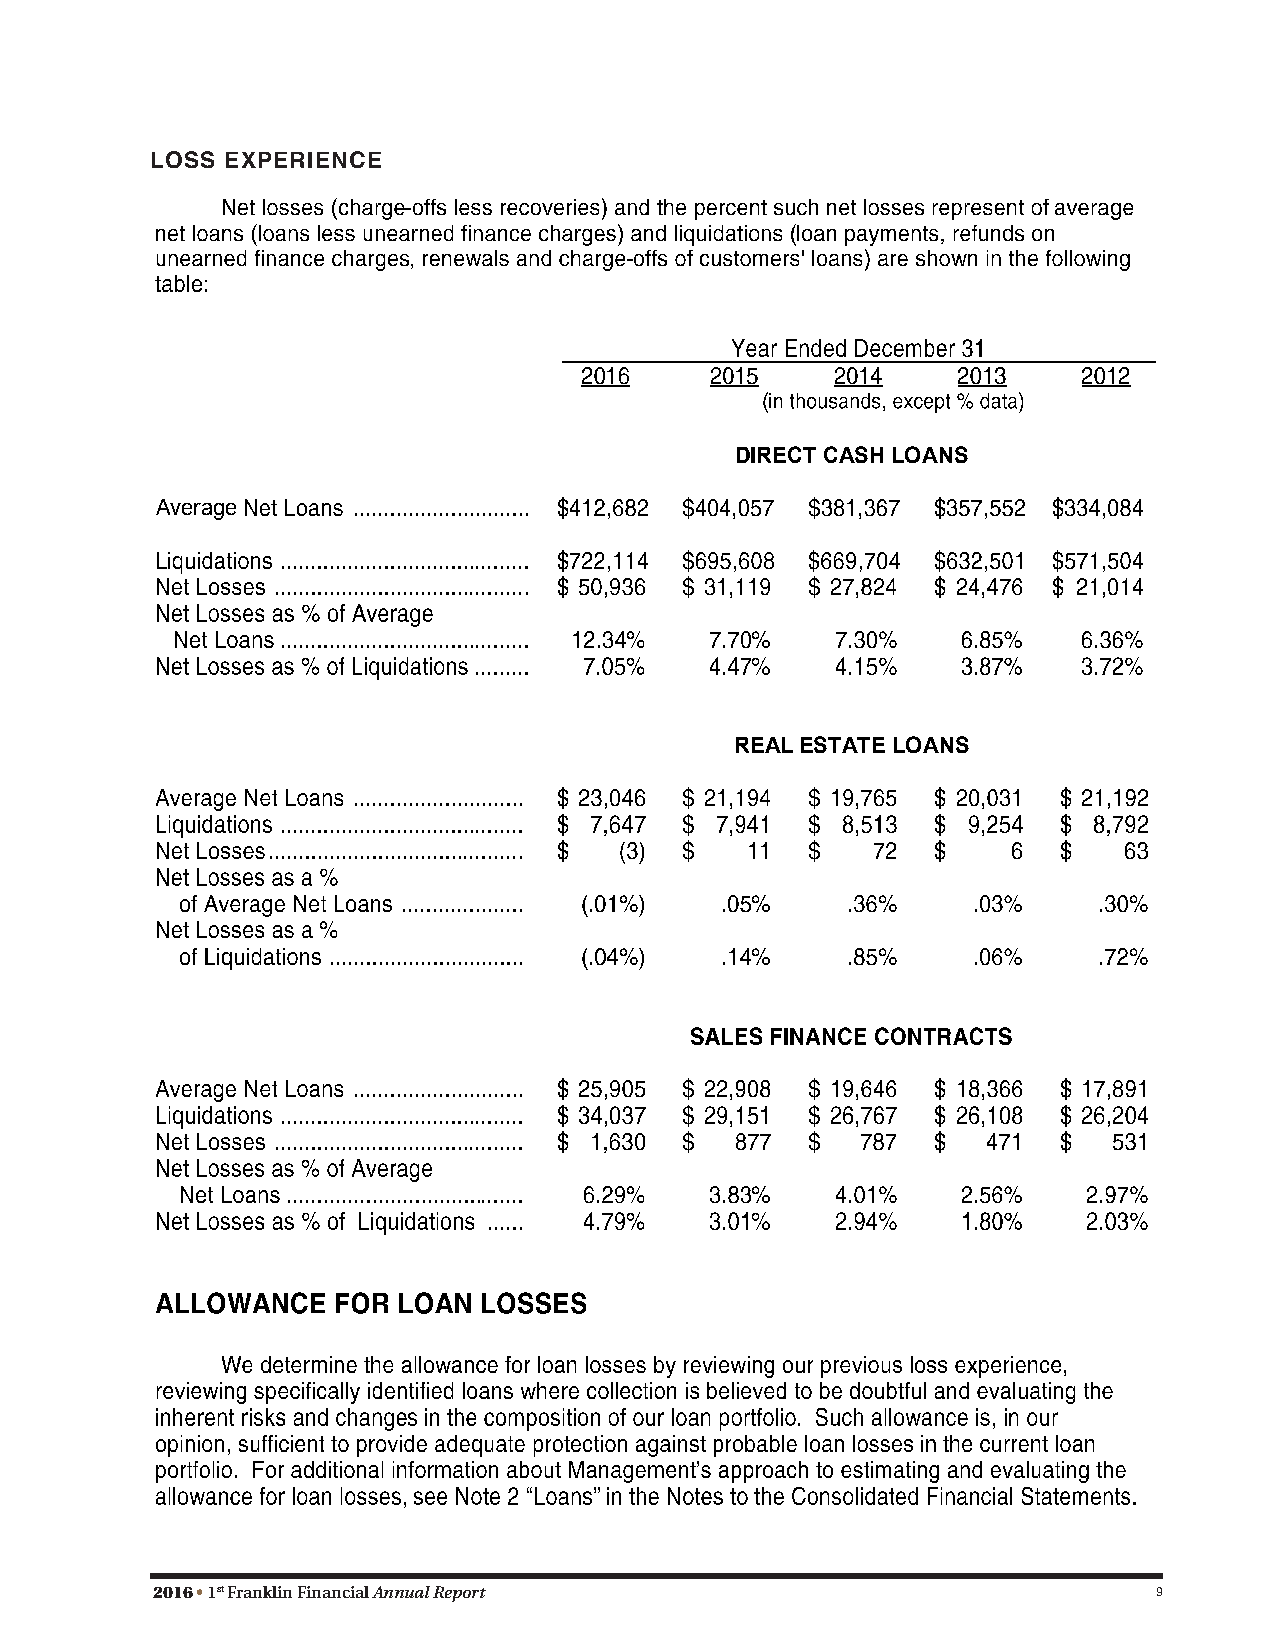
LOSS EXPERIENCE
 DIRECT CASH LOANS
 DIRECT CASH LOANS
 Average
 Average
 RREEAALL EESSTTAATTEE LLOOAANNSS
 2016 • 1st Franklin Financial Annual Report                        9
 11
 11